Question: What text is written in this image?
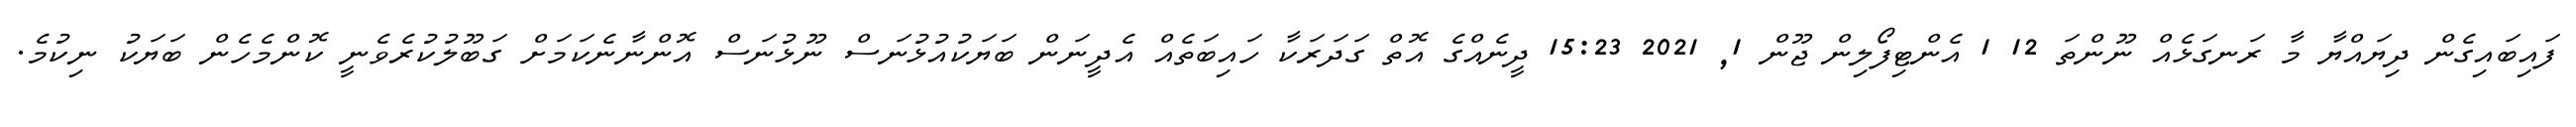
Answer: ފައިބައިގެން ދިޔައްޔާ މާ ރަނގަޅެއް ނޫންތަ 12 1 އެންޓިފޯލިން ޖޫން 1, 2021 15:23 ދީނެއްގެ އޮތް ގަދަރަކާ ހައިބަތެއް އެދީނަން ބަޔަކުއުޅުނަސް ނޫޅުނަސް އޮންނާނެކަމަށް ގަބޫލުކުރެވެނީ ކޮންމެހެން ބަޔަކު ނިކުމެ.